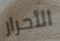
الأحرار